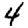
Digit: 4